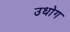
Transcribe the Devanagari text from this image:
उधाेग